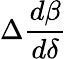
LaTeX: \Delta\frac{d\beta}{d\delta}